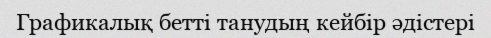
Графикалық бетті танудың кейбір әдістері